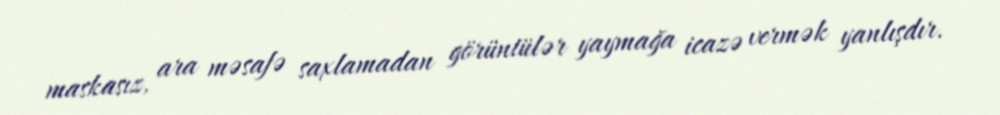
maskasız, ara məsafə saxlamadan görüntülər yaymağa icazə vermək yanlışdır.